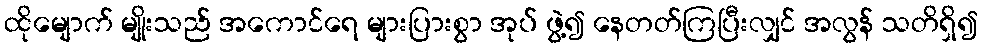
ထိုမျောက် မျိုးသည် အကောင်ရေ များပြားစွာ အုပ် ဖွဲ့၍ နေတတ်ကြပြီးလျှင် အလွန် သတိရှိ၍